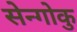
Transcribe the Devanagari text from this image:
सेन्गोकु